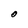
Character: O